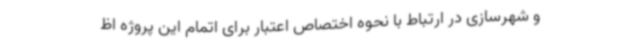
و شهرسازی در ارتباط با نحوه اختصاص اعتبار برای اتمام این پروژه اظ